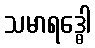
သမာရဒ္ဓေါ